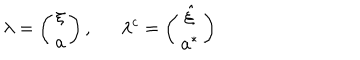
\lambda = \left( \begin{array} { c } { { \xi } } \\ { { a } } \\ \end{array} \right) , \lambda ^ { c } = \left( \begin{array} { c } { { \hat { \xi } } } \\ { { a ^ { * } } } \\ \end{array} \right)